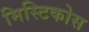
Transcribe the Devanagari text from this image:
मिस्टिकोस